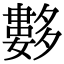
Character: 𡗆